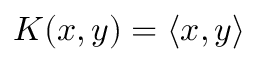
K ( x , y ) = \langle x , y \rangle